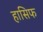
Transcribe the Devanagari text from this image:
हासिफ